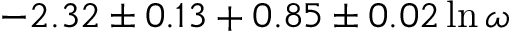
- 2 . 3 2 \pm 0 . 1 3 + 0 . 8 5 \pm 0 . 0 2 \ln \omega